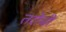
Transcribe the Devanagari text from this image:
तरोची